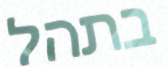
בתהל